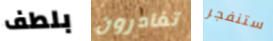
بلطف تغادرون ستنفجر